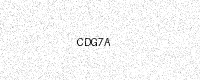
Text: CDG7A